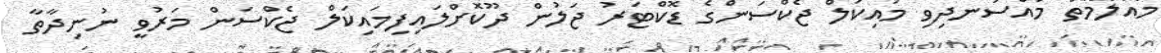
މައުލޫމާތު މުއްސަނދިވި މައިކަލް ޖެކްސަންގެ ޑޮކްޓަރު ޖަލުން ދޫކޮށްލައިފިމައިކަލް ޖެކްސަން މަރުވީ ނުނިދާތާ